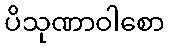
ပိသုဏာဝါစော